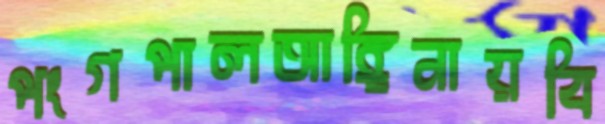
পংগপালআঙ্গিনায়বি